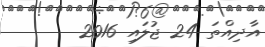
އާދިއްތަ 24 ޖުލައި 2016